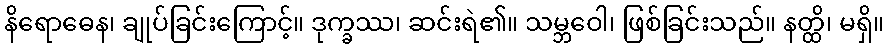
နိရောဓေန၊ ချုပ်ခြင်းကြောင့်။ ဒုက္ခဿ၊ ဆင်းရဲ၏။ သမ္ဘဝေါ၊ ဖြစ်ခြင်းသည်။ နတ္ထိ၊ မရှိ။